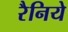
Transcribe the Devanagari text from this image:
रैनिये